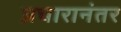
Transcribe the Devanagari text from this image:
प्रचारानंतर